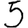
Digit: 5